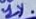
Text: 1%